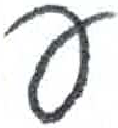
אות: ע